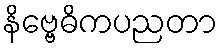
နိဗ္ဗေဓိကပညတာ